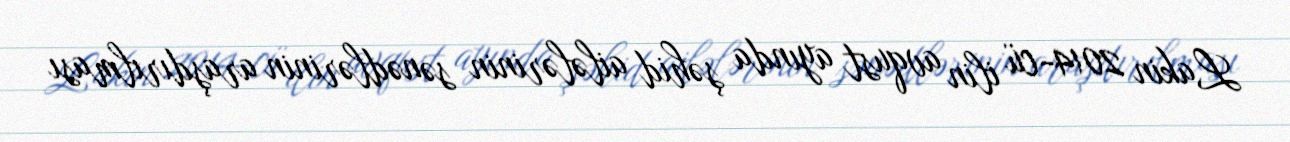
Lakin 2014-cü ilin avqust ayında şəhid ailələrinin sənədlərinin araşdırılması